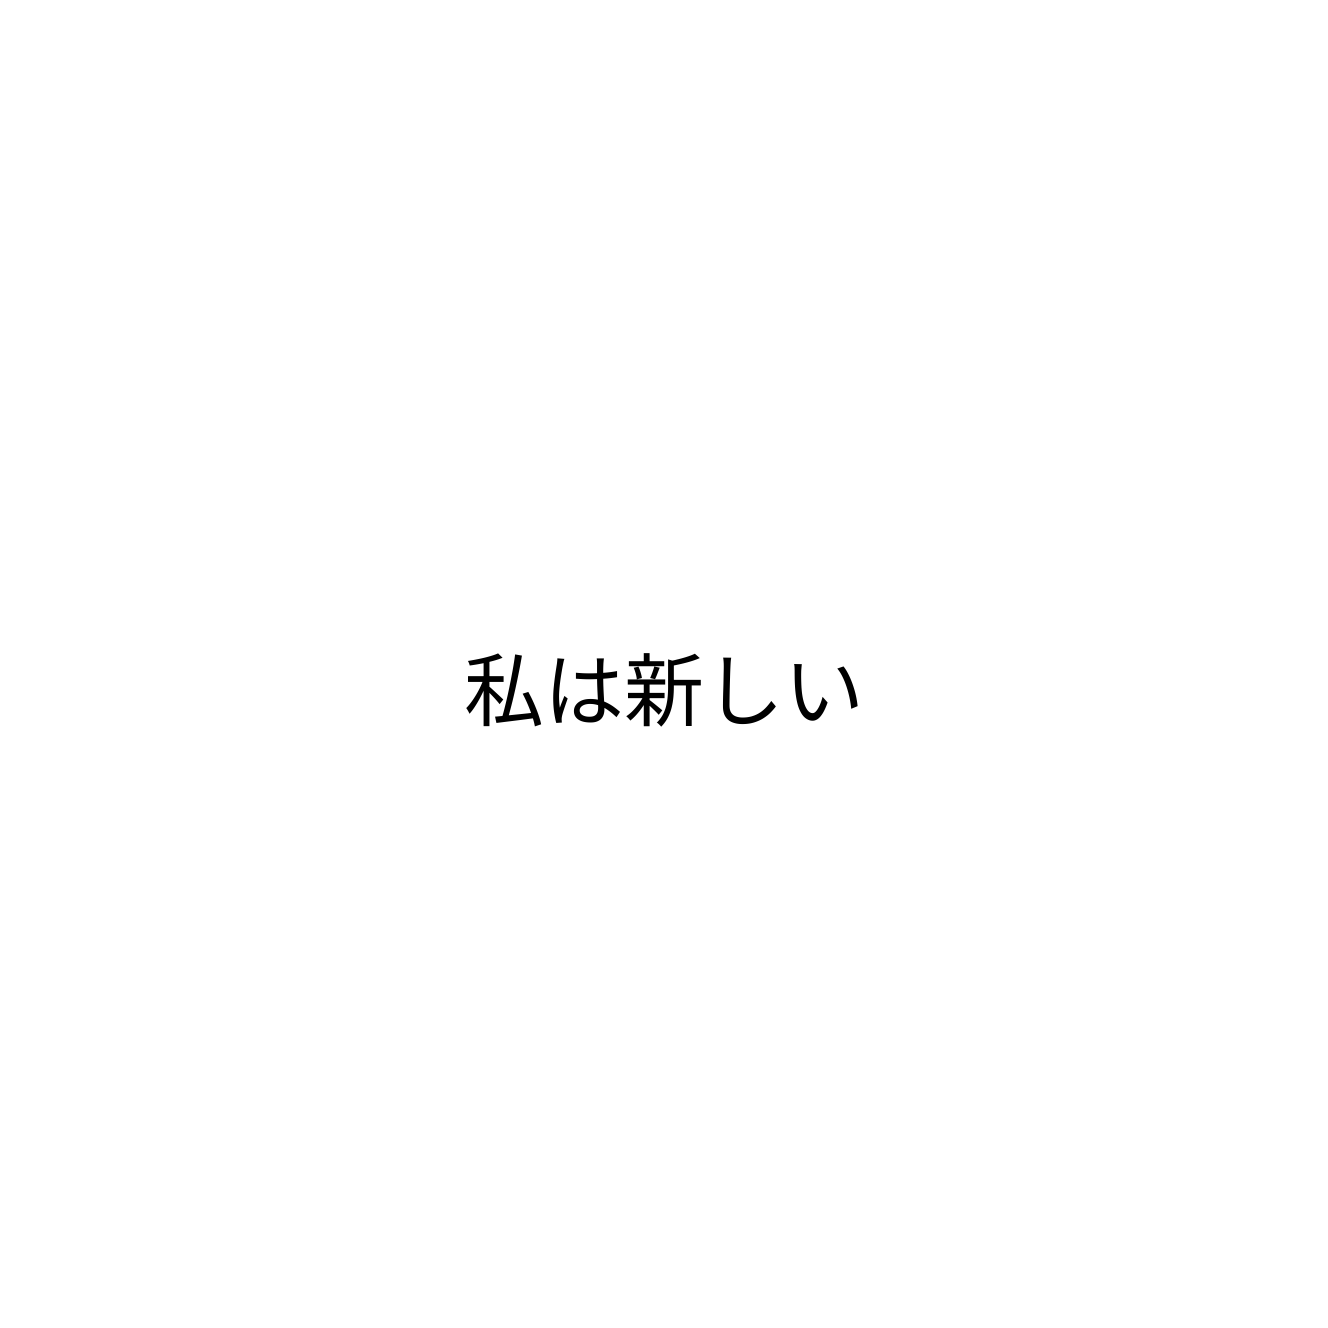
私は新しい